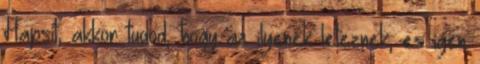
Hapsit, akkor tudod, hogy az ilyenek leteznek, es igen